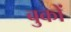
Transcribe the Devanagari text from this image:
बुकों